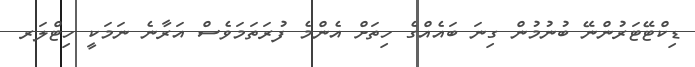
ޑިކްޓޭޓަރުންނޭ ބުނުމުން ގިނަ ބައެއްގެ ހިތަށް އެންމެ ފުރަތަމަވެސް އަރާނެ ނަމަކީ ހިޓްލަރ